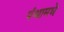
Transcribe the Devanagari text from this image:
पंथामधे